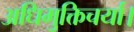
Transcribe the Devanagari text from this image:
अधिमुक्तिचर्या।